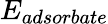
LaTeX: E_{adsorbate}